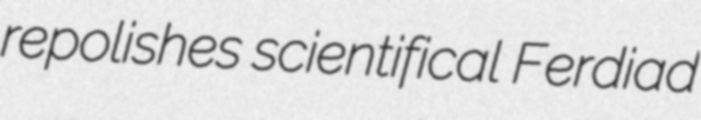
repolishes scientifical Ferdiad